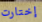
إختارت